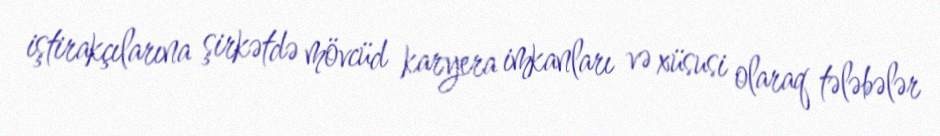
iştirakçılarına şirkətdə mövcüd karyera imkanları və xüsusi olaraq tələbələr